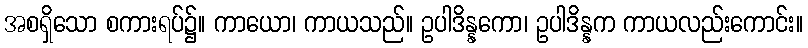
အစရှိသော စကားရပ်၌။ ကာယော၊ ကာယသည်။ ဥပါဒိန္နကော၊ ဥပါဒိန္နက ကာယလည်းကောင်း။